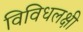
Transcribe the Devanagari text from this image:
विविधलक्षी